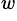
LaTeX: ^w